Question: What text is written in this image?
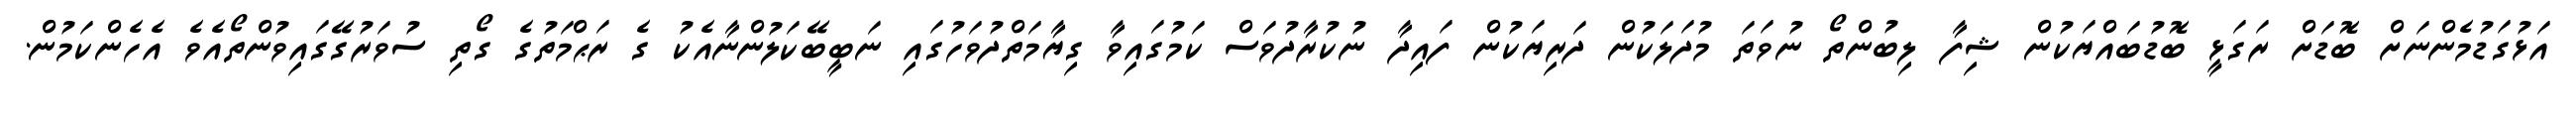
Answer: އަޅުގަޑުމެންނަށް ބޮޑަށް ރަގަޅީ ބޮޑުބައްޔަކުން ޝިފާ ލިބުންތޯ ނުވަތަ މުދަލަކުން ދަރިޔަކުން ފައިދާ ނުކުރާދުވަސް ކަމުގައިވާ ގިޔާމަތްދުވަހުގައި ނަބީބޭކަލުންނާއެކު ގެ ރަޙްމަތުގެ ގޯތި ސުވަރުގޭގައިވުންތޯއެވެ އެހެންކަމުން.